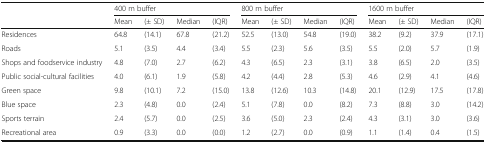
<table><thead><tr><td></td><td colspan="4"><b>400 m buffer</b></td><td colspan="4"><b>800 m buffer</b></td><td colspan="4"><b>1600 m buffer</b></td></tr><tr><td></td><td><b>Mean</b></td><td><b>(± SD)</b></td><td><b>Median</b></td><td><b>(IQR)</b></td><td><b>Mean</b></td><td><b>(± SD)</b></td><td><b>Median</b></td><td><b>(IQR)</b></td><td><b>Mean</b></td><td><b>(± SD)</b></td><td><b>Median</b></td><td><b>(IQR)</b></td></tr></thead><tbody><tr><td>Residences</td><td>64.8</td><td>(14.1)</td><td>67.8</td><td>(21.2)</td><td>52.5</td><td>(13.0)</td><td>54.8</td><td>(19.0)</td><td>38.2</td><td>(9.2)</td><td>37.9</td><td>(17.1)</td></tr><tr><td>Roads</td><td>5.1</td><td>(3.5)</td><td>4.4</td><td>(3.4)</td><td>5.5</td><td>(2.3)</td><td>5.6</td><td>(3.5)</td><td>5.5</td><td>(2.0)</td><td>5.7</td><td>(1.9)</td></tr><tr><td>Shops and foodservice industry</td><td>4.8</td><td>(7.0)</td><td>2.7</td><td>(6.2)</td><td>4.3</td><td>(6.5)</td><td>2.3</td><td>(3.1)</td><td>3.8</td><td>(6.5)</td><td>2.0</td><td>(3.5)</td></tr><tr><td>Public social-cultural facilities</td><td>4.0</td><td>(6.1)</td><td>1.9</td><td>(5.8)</td><td>4.2</td><td>(4.4)</td><td>2.8</td><td>(5.3)</td><td>4.6</td><td>(2.9)</td><td>4.1</td><td>(4.6)</td></tr><tr><td>Green space</td><td>9.8</td><td>(10.1)</td><td>7.2</td><td>(15.0)</td><td>13.8</td><td>(12.6)</td><td>10.3</td><td>(14.8)</td><td>20.1</td><td>(12.9)</td><td>17.5</td><td>(17.8)</td></tr><tr><td>Blue space</td><td>2.3</td><td>(4.8)</td><td>0.0</td><td>(2.4)</td><td>5.1</td><td>(7.8)</td><td>0.0</td><td>(8.2)</td><td>7.3</td><td>(8.8)</td><td>3.0</td><td>(14.2)</td></tr><tr><td>Sports terrain</td><td>2.4</td><td>(5.7)</td><td>0.0</td><td>(2.5)</td><td>3.6</td><td>(5.0)</td><td>2.3</td><td>(2.4)</td><td>4.3</td><td>(3.1)</td><td>3.0</td><td>(3.6)</td></tr><tr><td>Recreational area</td><td>0.9</td><td>(3.3)</td><td>0.0</td><td>(0.0)</td><td>1.2</td><td>(2.7)</td><td>0.0</td><td>(0.9)</td><td>1.1</td><td>(1.4)</td><td>0.4</td><td>(1.5)</td></tr></tbody></table>